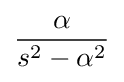
{\alpha  \over s^{2}-\alpha ^{2}}